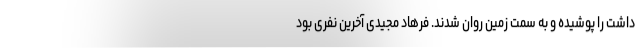
داشت را پوشیده و به سمت زمین روان شدند. فرهاد مجیدی آخرین نفری بود